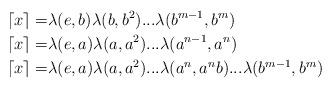
LaTeX: \begin{align*}\lceil x \rceil =& \lambda(e,b)\lambda(b,b^2)...\lambda(b^{m-1},b^m) \\\lceil x \rceil=&\lambda(e,a)\lambda(a,a^2)...\lambda(a^{n-1},a^n) \\\lceil x \rceil=&\lambda(e,a)\lambda(a,a^2)...\lambda(a^n,a^nb)...\lambda(b^{m-1}, b^m)\end{align*}